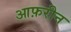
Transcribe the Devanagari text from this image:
आफ़रीन